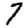
Digit: 7